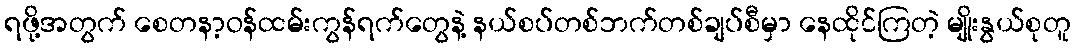
ရဖို့အတွက် စေတနာ့ဝန်ထမ်းကွန်ရက်တွေနဲ့ နယ်စပ်တစ်ဘက်တစ်ချပ်စီမှာ နေထိုင်ကြတဲ့ မျိုးနွယ်စုတူ